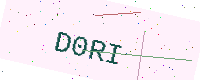
Text: D0RI